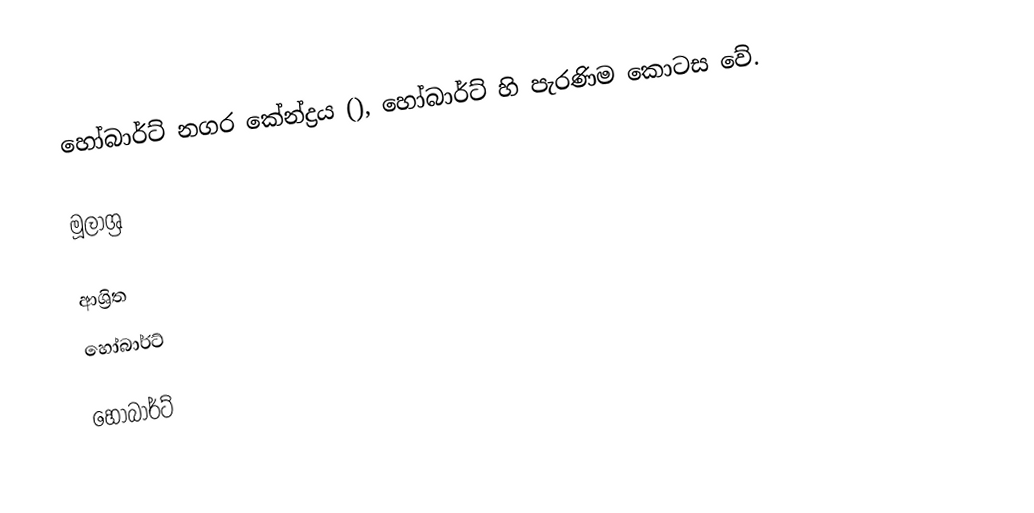
හෝබාර්ට් නගර කේන්ද්‍රය (), හෝබාර්ට් හි පැරණිම කොටස වේ.

මූලාශ්‍ර

ආශ්‍රිත
 හෝබාර්ට්

හෝබාර්ට්